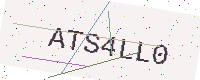
Text: ATS4LL0